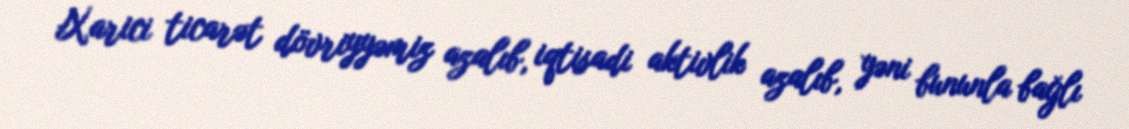
Xarici ticarət dövriyyəmiz azalıb, iqtisadi aktivlik azalıb, yəni bununla bağlı